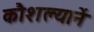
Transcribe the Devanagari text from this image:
कौशल्यानें